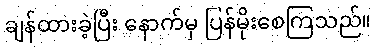
ချန်ထားခဲ့ပြီး နောက်မှ ပြန်မိုးစေကြသည်။